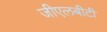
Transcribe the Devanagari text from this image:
जीएलबीटी